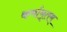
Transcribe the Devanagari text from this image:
कर्मामृतम्